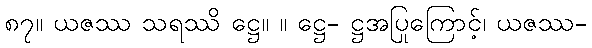
၈၇။ ယဇဿ သရဿိ ဋ္ဌေ။ ။ ဋ္ဌေ- ဋ္ဌအပြုကြောင့်၊ ယဇဿ-